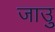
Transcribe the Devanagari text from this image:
जाउु